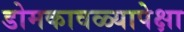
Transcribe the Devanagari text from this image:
डोमकावळ्यापेक्षा